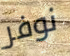
نوفر